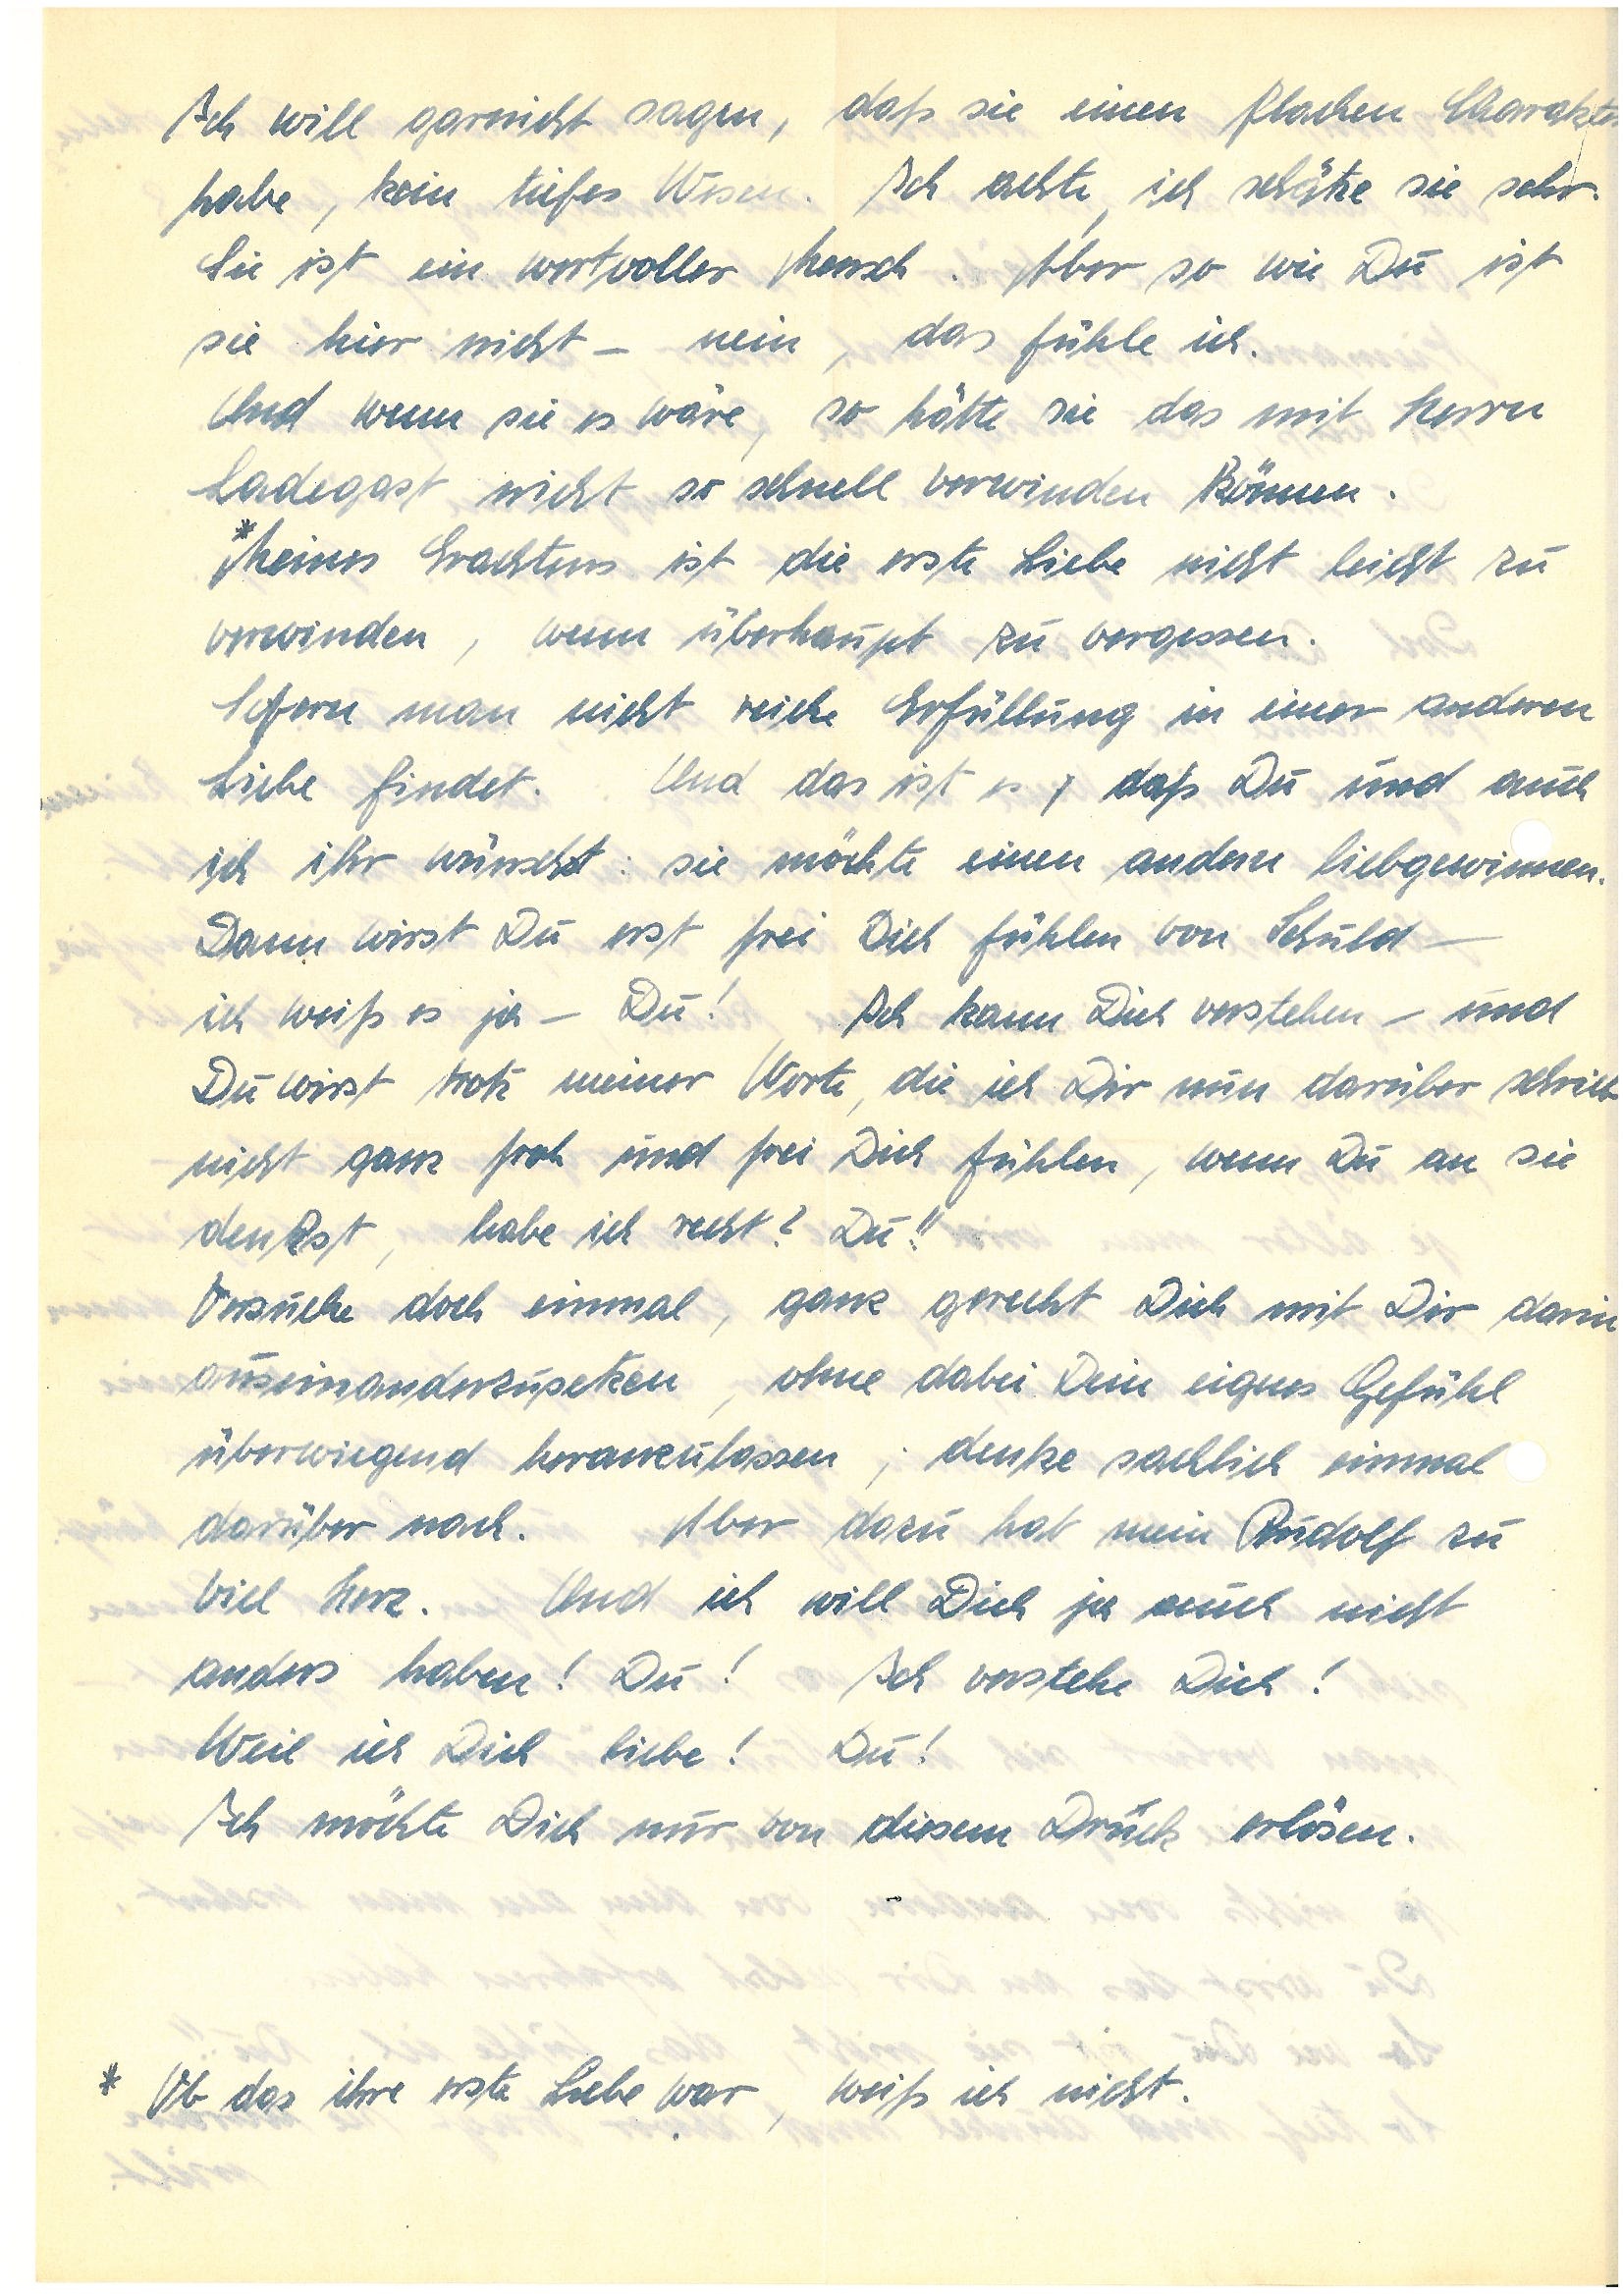
Ich will garnicht sagen, daß sie einen flachen Charakter
habe, kein tiefes Wesen. Ich achte, ich schätze sie sehr.
Sie ist ein wertvoller Mensch. Aber so wie Du ist
sie hier nicht – nein, das fühle ich.
Und wenn sie es wäre, so hätte sie das mit Herrn
L. nicht so schnell verwinden können.
* Meines Erachtens ist die erste Liebe nicht leicht zu
verwinden, wenn überhaupt zu vergessen.
Sofern man nicht reiche Erfüllung in einer anderen
Liebe findet. Und das ist es, daß Du und auch
ich ihr wünscht: sie möchte einen andern liebgewinnen.
Dann wirst Du erst frei Dich fühlen von Schuld –
ich weiß es ja – Du! Ich kann Dich verstehen – und
Du wirst trotz meiner Worte, die ich Dir nun darüber schrieb
nicht ganz froh und frei Dich fühlen, wenn Du an sie
denkst, habe ich recht? Du!!
Versuche doch einmal, ganz gerecht Dich mit Dir darin
auseinanderzusetzen, ohne dabei Dein eignes Gefühl
überwiegend heranzulassen; denke sachlich einmal
darüber nach. Aber dazu hat mein zu
viel Herz. Und ich will Dich ja auch nicht
anders haben! Du! Ich verstehe Dich!
Weil ich Dich liebe! Du!
Ich möchte Dich nur von diesem Druck erlösen.
* Ob das ihre erste Liebe war, weiß ich nicht.